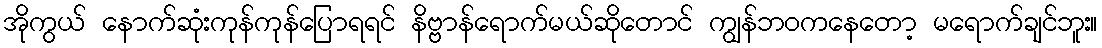
အိုကွယ် နောက်ဆုံးကုန်ကုန်ပြောရရင် နိဗ္ဗာန်ရောက်မယ်ဆိုတောင် ကျွန်ဘဝကနေတော့ မရောက်ချင်ဘူး။